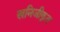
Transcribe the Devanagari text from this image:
खनिजीकृत